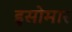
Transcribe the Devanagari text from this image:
इसोमार